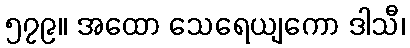
၅၇၉။ အထော သေရေယျကော ဒါသီ၊